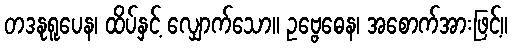
တဒနုရူပေန၊ ထိပ်နှင့် လျှောက်သော။ ဥဗ္ဗေဓေန၊ အစောက်အားဖြင့်။